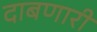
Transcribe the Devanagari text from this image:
दाबणारी